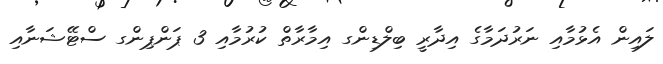
ލައިން އެޅުމާއި ނަރުދަމާގެ އިދާރީ ބިލްޑިންގ އިމާރާތް ކުރުމާއި 3 ޕަންޕިންގ ސްޓޭޝަނާއި